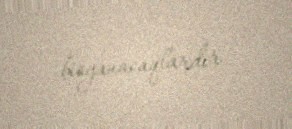
bioyanacaqlardır.